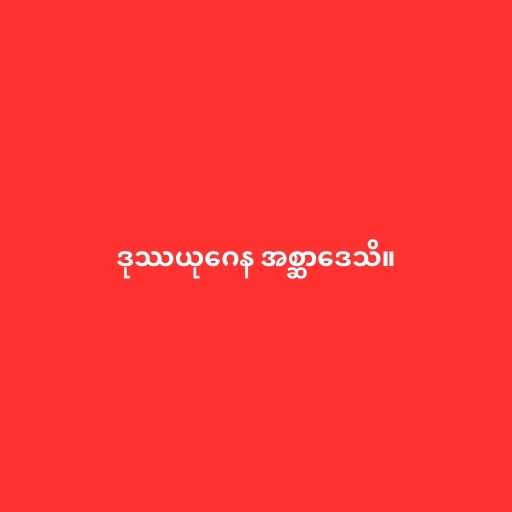
ဒုဿယုဂေန အစ္ဆာဒေသိ။